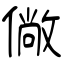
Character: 僘